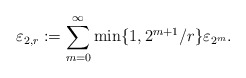
\begin{align*}\varepsilon_{2,r}:=\sum_{m=0}^\infty \min\{1,2^{m+1}/r\} \varepsilon_{2^m}.\end{align*}